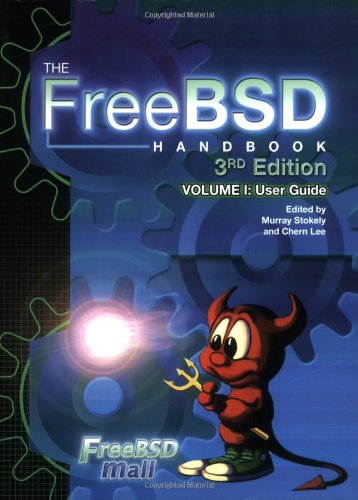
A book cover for The FreeBSD Handbook 3rd Edition, Vol. 1: User Guide; Computers & Technology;